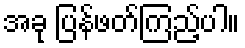
အခု ပြန်ဖတ်ကြည့်ပါ။